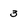
Character: 3